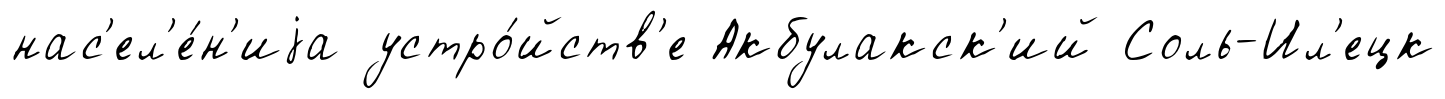
нас'ел'е́н'иjа устро́йств'е Акбулакск'ий Соль-Ил'ецк